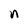
Character: n